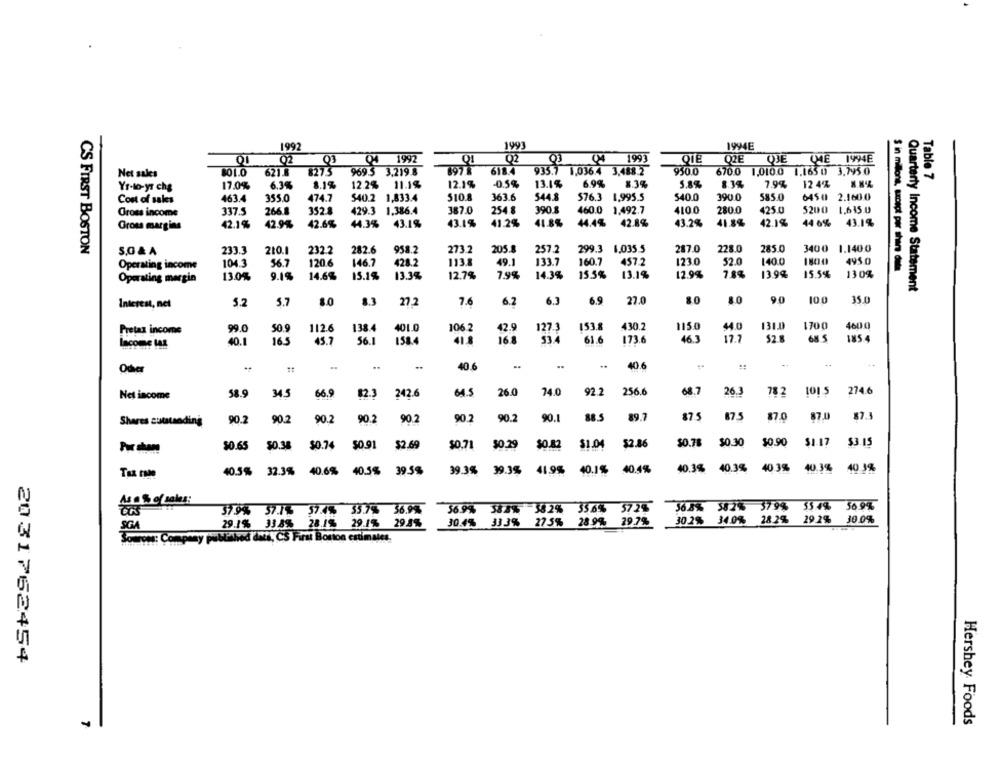
1992
1993
1994E
02
Q3
04 1992
Q1
Q2
04 1993
QIE
QZE
QJE
ME 1994E
Net sales
801.0
621.8
8273
969.5 3,219.8
697 8
618.4
935.7 1,036.4 3,488 2
950.0
670.0 1,010.0 1,1650 3,795.0
12.2% 11.1%
12.1%
-0.5%
13.15
6.9%
8.3%
5.8%
8.3%
7.9%
12 4%
Table 7
Yr-to-yr cha
17.0%
6.34
8.1%
Cost of sales
463.4
355.0
474.7
$40.2 1,833.4
510.8
363.6
544.8
576.3 1,995.5
540.0
390.0
585.0
6450 2.1600
Gross income
337.5
266.8
352.8
429.3 1.386.4
387.0
254.8
390.8
460.0 1.492.7
4100
280.0
425.0
5200
1.615.0
41.8%
Gross margins
42.1 %
42.9%
42.6%
44.3% 43.1%
43.1%
41.2%
44.4% 42.8%
43.2%
41.8%
42.1%
44 6%
43.1%
CS FIRST BOSTON
5,0 & A
233.3
210.1
232.2
282.6
958.2
273.2
205.8
257.2
299.3 1.035.5
287.0
228.0
285.0
3400 1,1400
1800
495 0
Operating income
104.3
56.7
120.6
146.7
428.2
113.8
49.1
133.7
160.7
457.2
1230
52.0
140.0
$ in millons, amept per share dute
13.35
12.7%
7,9%
14.3%
15.5%
13.1%
12.9%
7.8%
13.9%
15.5%
130%
Operating margin
13.0%
9.1%
14.6%
15.1%
Quarterly Income Statement
Interest, nel
5.2
5.7
80
8.3
27.2
7.6
6.2
6.3
6.9
27.0
80
8.0
90
100
35.0
50.9
112.6
138.4
401.0
106.2
42.9
127.3
153.8
430.2
1150
131.0
1700
4600
Pretax income
99.0
440
Income LAS
40.1
165
45.7
56.1
158.4
41.8
16.8
61.6
173.6
46.3
12.7
52.8
68 5
185.4
40.6
..
40.6
Oder
Net income
58.9
345
66.9
82.3 242.6
242.6
64.5
26.0
74.0
92.2
256.6
68.7
26.3
782
1015 274.6
90.2
90.2
90.2
90.2
90.2
90.2
90.2
90.1
88.5
89.7
87.5
87.5
87.0
87.0
87.3
Shares suustanding
$0.78
$0.30
$0.90
$1-17
$3.15
Por chene
$0.65
50.38
$0.74
50.91
$2.69
$0.71
$0.29
$0.82
$1.04
52.86
40.5%
32.3% 40.6%
40.5%
39 58
39.3% 39.3%
41.9% 40.1% 40.4%
40.3%
40.3% 40 3% 40.34
40 3%
37.9% 57.7% 57.4% 35.7% 36.9%
569% 383% 582% 35.6% 572%
36.8% 382% 379% 55.4% 569%
30.2% 34.0% 28.2% 29 2% 30 0%
SGA
29.1% 33.8% 28.1% 29.1% 29.5%
30.4% 333% 275% 289% 29.7%
Published das, C'S First Boston estimates.
2031762454
Hershey Foods